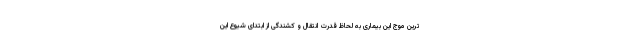
ترین موج این بیماری به لحاظ قدرت انتقال و کشندگی از ابتدای شیوع این